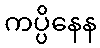
ကပ္ပိနေန